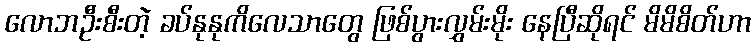
လောဘဦးစီးတဲ့ ခပ်နုနုကိလေသာတွေ ဖြစ်ပွားလွှမ်းမိုး နေပြီဆိုရင် မိမိစိတ်ဟာ